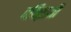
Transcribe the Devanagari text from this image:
दक्ख़िनी